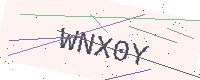
Text: WNX0Y